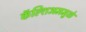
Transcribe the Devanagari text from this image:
कॅल्शिअममुळे